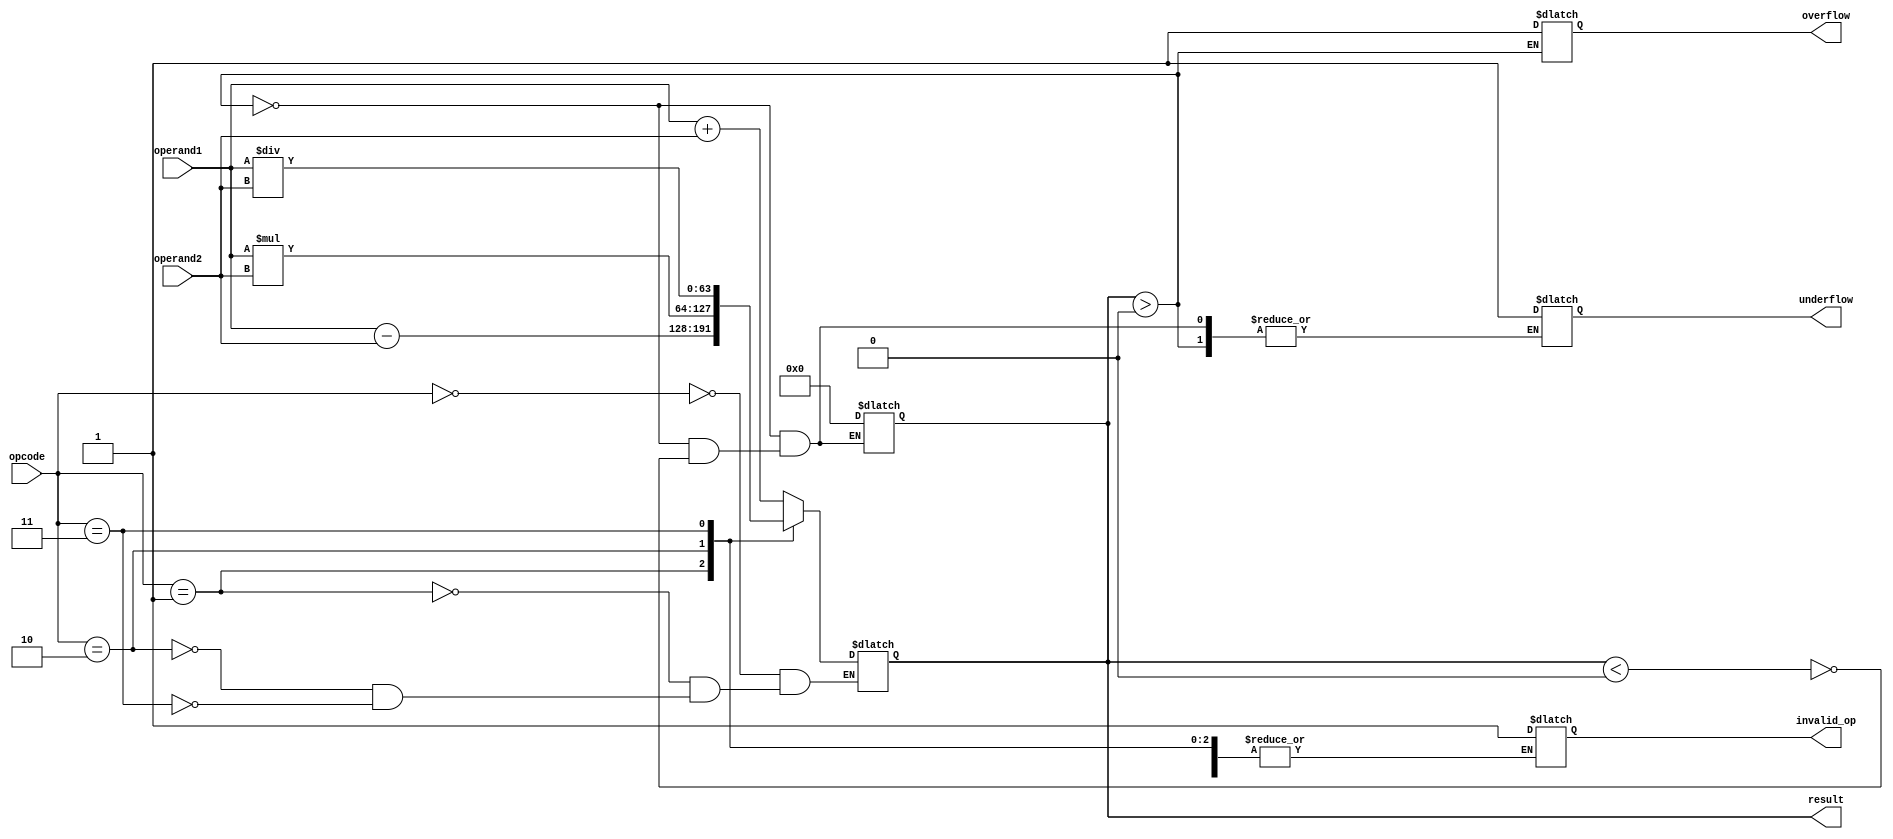
module double_precision_fpu (
    input [63:0] operand1,
    input [63:0] operand2,
    input [3:0] opcode,
    output reg [63:0] result,
    output reg overflow,
    output reg underflow,
    output reg invalid_op
);

// Arithmetic Operation Block
always @(*) begin
    case (opcode)
        4'b0000 : result = operand1 + operand2; // Addition
        4'b0001 : result = operand1 - operand2; // Subtraction
        4'b0010 : result = operand1 * operand2; // Multiplication
        4'b0011 : result = operand1 / operand2; // Division
        default : invalid_op = 1; // Invalid operation
    endcase
end

// Exception Handling
always @(*) begin
    if(result > 2**64) begin
         overflow = 1; // Overflow
         result = 2**64; // Round to max value
    end else if(result < 0) begin
         underflow = 1; // Underflow
         result = 0; // Round to zero
    end
end

endmodule